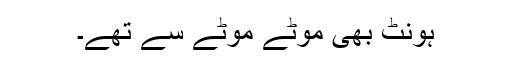
ہونٹ بھی موٹے موٹے سے تھے۔